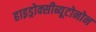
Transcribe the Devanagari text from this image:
हाइड्रोक्सीब्यूटोनोन